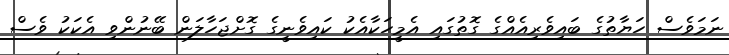
ނަމަވެސް ހަޔާތުގެ ބައިވެރިއެއްގެ ގޮތުގައި އެމީހަކާއެކު ކައިވެނީގެ ގޮށްޖަހާލަން ބޭނުންވި އެކަކު ވެސް